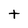
Character: t